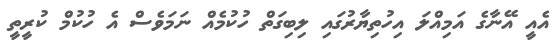
އެއީ އޭނާގެ އަމިއްލަ އިހުތިޔާރުގައި ލިބިގަތް ހުކުމެއް ނަމަވެސް އެ ހުކުމް ކުރީތީ